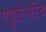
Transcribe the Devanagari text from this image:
एग्लुटिनेटिव